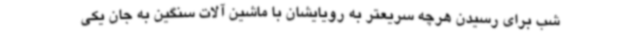
شب برای رسیدن هرچه سریعتر به رویایشان با ماشین آلات سنگین به جان یکی